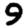
Digit: 9